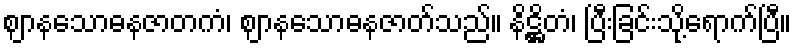
ဈာနသောဓနဇာတကံ၊ ဈာနသောဓနဇာတ်သည်။ နိဋ္ဌိတံ၊ ပြီးခြင်းသို့ရောက်ပြီ။